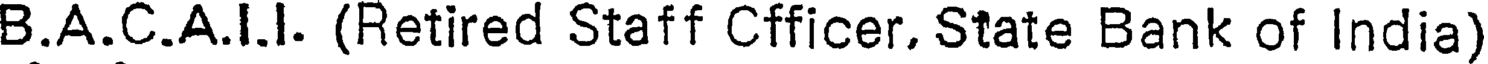
B.A.C.A.I.I. (Retired Staff Cfficer, State Bank of India)